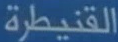
القنيطرة